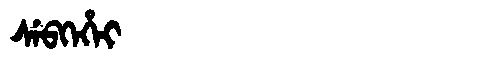
Manchu: ᠰᡝᠪᡴᡝᡥᡝᡳ
Romanization: SEBKEHEI